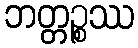
ဘတ္တဉ္စဿ